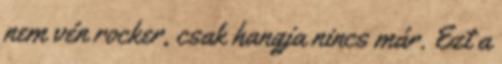
nem vén rocker, csak hangja nincs már. Ezt a